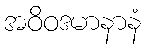
အဝိဝဒမာနာနံ